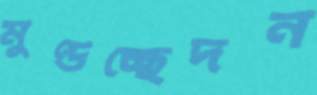
মুণ্ডচ্ছেদন